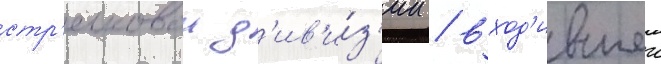
стр'елковои д'ив'и́з'ии / вход'ившеи